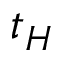
t _ { H }